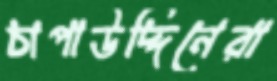
চাপাউদ্দিনেরা